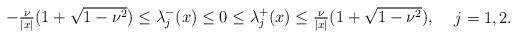
LaTeX: \begin{align*}\begin{matrix} -\tfrac{\nu}{|x|}(1+\sqrt{1-\nu^2})\leq\lambda_j^-(x) \leq 0\leq\lambda_j^+(x)\leq\tfrac{\nu}{|x|}(1+\sqrt{1-\nu^2}),\end{matrix}\quad\ j=1,2. \end{align*}